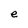
Character: e